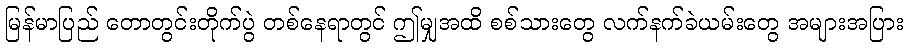
မြန်မာပြည် တောတွင်းတိုက်ပွဲ တစ်နေရာတွင် ဤမျှအထိ စစ်သားတွေ လက်နက်ခဲယမ်းတွေ အများအပြား